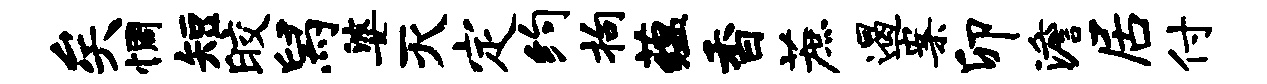
矣惆短皎舄婆灭定约拘蕴香蔗遏案卯澹居付